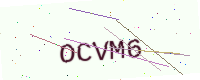
Text: OCVM6